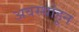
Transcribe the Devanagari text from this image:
अवस्थांहून